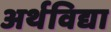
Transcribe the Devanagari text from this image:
अर्थविद्या